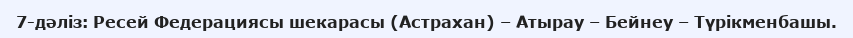
7-дәліз: Ресей Федерациясы шекарасы (Астрахан) – Атырау – Бейнеу – Түрікменбашы.